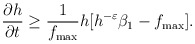
\begin{align*}\frac{\partial h}{\partial t}\geq \frac{1}{f_{\max}}h[h^{-\varepsilon}\beta_{1}-f_{\max}].\end{align*}